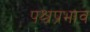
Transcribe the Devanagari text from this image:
पश्चप्रभाव